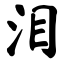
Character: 泪